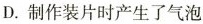
D.制作装片时产生了气泡